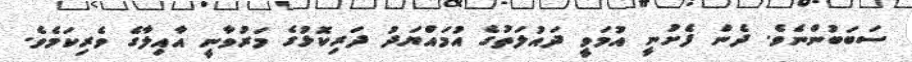
ސަބަބުންނެވެ. ދެން ފެށުނީ އުމަވީ ދައުލަތުގެ އުމައްޔަދު ދަރިކޮޅުގެ މަރުވާނީ އާއިލާގެ ވެރިކަމެވެ.